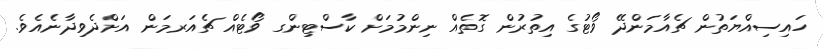
ހައިސިއްޔަތުން ޗެއާމަންދޭ ވޯޓުގެ އިތުރުން ގޮތެއް ނިންމުމަށް ކާސްޓިންގ ވޯޓެއް ޗެއަރމަން އަށްދެވިދާނެއެވެ.